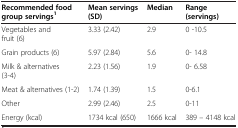
| Recommended food group servings1 | Mean servings (SD) | Median | Range (servings) |
 | --- | --- | --- | --- |
 | Vegetables and fruit (6) | 3.33 (2.42) | 2.9 | 0 -10.5 |
 | Grain products (6) | 5.97 (2.84) | 5.6 | 0- 14.8 |
 | Milk & alternatives (3-4) | 2.23 (1.56) | 1.9 | 0- 6.58 |
 | Meat & alternatives (1-2) | 1.74 (1.39) | 1.5 | 0-6.1 |
 | Other | 2.99 (2.46) | 2.5 | 0-11 |
 | Energy (kcal) | 1734 kcal (650) | 1666 kcal | 389 – 4148 kcal |